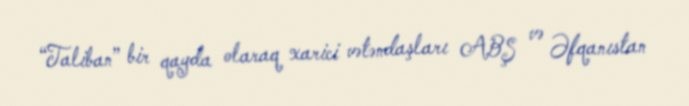
“Taliban” bir qayda olaraq xarici vətəndaşları ABŞ və Əfqanıstan